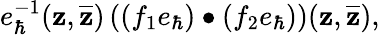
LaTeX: e_{\hbar}^{-1}(\mathbf{z},\overline{{{{\mathbf{z}}}}})\left((f_{1}e_{\hbar})\bullet(f_{2}e_{\hbar})\right)(\mathbf{z},\overline{{{{\mathbf{z}}}}}),